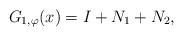
LaTeX: \begin{align*}G_{1, \varphi}(x) = I + N_1 + N_2,\end{align*}